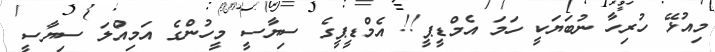
މިއުޅޭ ހުރިހާ ނުބަޔަކީ ހަމަ އެމްޑީޕީ!! އެމްޑީޕީގެ ސިޔާސީ މީހުންގެ އަމިއްލަ ސިޔާސީ